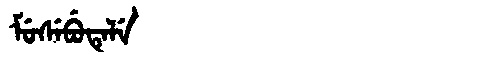
Manchu: ᠮᡠᠰᡝᠪᡠᡨᡝᠯᡝ
Romanization: MUSEBUTELE